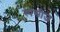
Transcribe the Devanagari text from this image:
स्पसीज